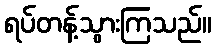
ရပ်တန့်သွားကြသည်။